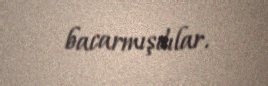
bacarmışdılar.